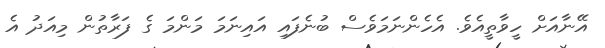
އޭނާއަށް ހީވާތީއެވެ. އެހެންނަމަވެސް ބުނެފައި އައިނަމަ މަންމަ ގެ ފަރާތުން މިއަދު އެ